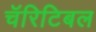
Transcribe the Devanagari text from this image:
चॅरिटिबल